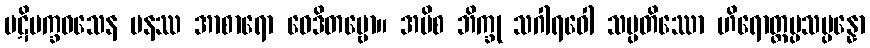
ပဋိပက္ခဝသေန ပနဿ အာစာရော ဝေဒိတဗ္ဗော။ အပိစ ဘိက္ခု သဂါရဝေါ သပ္ပတိဿော ဟိရောတ္တပ္ပသမ္ပန္နော